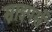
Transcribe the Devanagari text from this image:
स्नाइपर्स